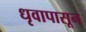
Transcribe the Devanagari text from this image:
धृवापासून